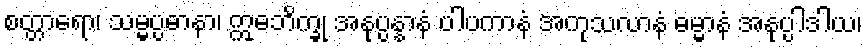
စတ္တာရော၊ သမ္မပ္ပဓာနာ၊ ဣဓဘိက္ခု အနုပ္ပန္နာနံ ပါပကာနံ အကုသလာနံ ဓမ္မာနံ အနုပ္ပါဒါယ၊